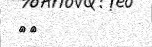
٥١